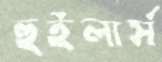
হুইলার্স